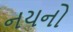
નયનો